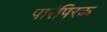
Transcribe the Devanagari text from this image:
पारंपिरक